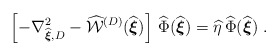
\begin{align*}\left[ - \nabla_{\widehat{\mbox{\boldmath $\scriptstyle{\xi}$}}, D }^2 - \widehat{ {\mathcal W} }^{({D})}( \widehat{ \mbox{\boldmath $ \xi$}} )\right]\, \widehat{\Phi} ( \widehat{\mbox{\boldmath $ \xi$}} )= \widehat{\eta} \, \widehat{\Phi} ( \widehat{ \mbox{\boldmath $ \xi$}} )\; .\end{align*}